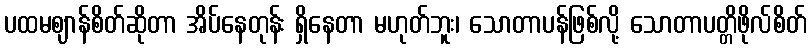
ပထမဈာန်စိတ်ဆိုတာ အိပ်နေတုန်း ရှိနေတာ မဟုတ်ဘူး၊ သောတာပန်ဖြစ်လို့ သောတာပတ္တိဖိုလ်စိတ်